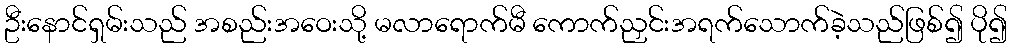
ဦးနောင်ရှမ်းသည် အစည်းအဝေးသို့ မလာရောက်မီ ကောက်ညှင်းအရက်သောက်ခဲ့သည်ဖြစ်၍ ပို၍